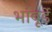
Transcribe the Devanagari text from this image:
भांबूर्डे